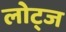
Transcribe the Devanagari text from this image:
लोट्ज